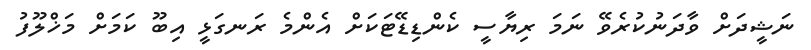
ނަޝީދަށް ވާދަނުކުރެވޭ ނަމަ ރިޔާސީ ކެންޑިޑޭޓަކަށް އެންމެ ރަނގަޅީ އިބޫ ކަމަށް މަޚްލޫފު